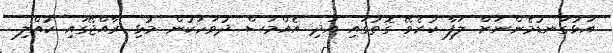
އަޅުގަނޑުމެންނަށް ލަފާ ކުރެވޭ ގޮތުގައި އަދި އެއްމަސް ދުވަހަކުން މުޅި ރާއްޖޭގައި ކުއްލި